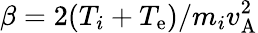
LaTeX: \beta=2(T_{i}+T_{\mathrm{e}})/m_{i}v_{\mathrm{{A}}}^{2}